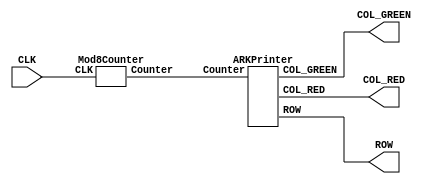
//  LED
//2020.11.15

module ARKLED(ROW,COL_RED,COL_GREEN,CLK);
	output wire [7:0] ROW,COL_RED,COL_GREEN;
	input CLK;
	
	//Counter 8
	wire [2:0] Counter;
	
	/*
	initial begin
		SetLEDState m1(CLK);
	end
	*/
	
	Mod8Counter m2(Counter,CLK);
	ARKPrinter m3(ROW,COL_RED,COL_GREEN,Counter);
endmodule

/*
//LED
module SetLEDState(CLK);
	input CLK;
	
	parameter [7:0] LEDState_ROW [7:0];
	initial begin
		LEDState_ROW[0] = 8'b0111_1111;
		LEDState_ROW[1] = 8'b1011_1111;
		LEDState_ROW[2] = 8'b1101_1111;
		LEDState_ROW[3] = 8'b1110_1111;
		LEDState_ROW[4] = 8'b1111_0111;
		LEDState_ROW[5] = 8'b1111_1011;
		LEDState_ROW[6] = 8'b1111_1101;
		LEDState_ROW[7] = 8'b1111_1110;
	end

	parameter [7:0] LEDState_COL_RED [7:0];
	initial begin
		LEDState_COL_RED[0] = 8'b0000_0000;
		LEDState_COL_RED[1] = 8'b0000_0010;
		LEDState_COL_RED[2] = 8'b0000_0110;
		LEDState_COL_RED[3] = 8'b0000_1110;
		LEDState_COL_RED[4] = 8'b0001_1110;
		LEDState_COL_RED[5] = 8'b0011_1110;
		LEDState_COL_RED[6] = 8'b0111_1110;
		LEDState_COL_RED[7] = 8'b1111_1110;
	end

	parameter [7:0] LEDState_COL_GREEN [7:0];
	initial begin
		LEDState_COL_GREEN[0] = 8'b0000_0000;
		LEDState_COL_GREEN[1] = 8'b0000_0010;
		LEDState_COL_GREEN[2] = 8'b0000_0110;
		LEDState_COL_GREEN[3] = 8'b0000_1110;
		LEDState_COL_GREEN[4] = 8'b0001_1110;
		LEDState_COL_GREEN[5] = 8'b0011_1110;
		LEDState_COL_GREEN[6] = 8'b0111_1110;
		LEDState_COL_GREEN[7] = 8'b1111_1110;
	end

	parameter [7:0] ZeroBits;
	initial begin
		ZeroBits = 8'b0000_0000;
	end
	
endmodule
*/

//8
module Mod8Counter(Counter,CLK);
	output reg [2:0] Counter;
	
	input CLK;
	
	//8
	always@(posedge CLK)begin
		if(Counter == 3'b111)begin
			Counter <= 3'b000;
		end
		else begin
			Counter <= Counter + 1'b1;
		end
	end
endmodule

//LED
module ARKPrinter(ROW,COL_RED,COL_GREEN,Counter);
	output reg [7:0] ROW,COL_RED,COL_GREEN;
	
	input [2:0] Counter;
	
	/*
	//LED
	reg [7:0] LEDState_ROW [7:0];
	initial begin
		LEDState_ROW[0] = 8'b0111_1111;
		LEDState_ROW[1] = 8'b1011_1111;
		LEDState_ROW[2] = 8'b1101_1111;
		LEDState_ROW[3] = 8'b1110_1111;
		LEDState_ROW[4] = 8'b1111_0111;
		LEDState_ROW[5] = 8'b1111_1011;
		LEDState_ROW[6] = 8'b1111_1101;
		LEDState_ROW[7] = 8'b1111_1110;
	end

	reg [7:0] LEDState_COL_RED [7:0];
	initial begin
		LEDState_COL_RED[0] = 8'b0000_0000;
		LEDState_COL_RED[1] = 8'b0000_0010;
		LEDState_COL_RED[2] = 8'b0000_0110;
		LEDState_COL_RED[3] = 8'b0000_1110;
		LEDState_COL_RED[4] = 8'b0001_1110;
		LEDState_COL_RED[5] = 8'b0011_1110;
		LEDState_COL_RED[6] = 8'b0111_1110;
		LEDState_COL_RED[7] = 8'b1111_1110;
	end

	reg [7:0] LEDState_COL_GREEN [7:0];
	initial begin
		LEDState_COL_GREEN[0] = 8'b0000_0000;
		LEDState_COL_GREEN[1] = 8'b0000_0010;
		LEDState_COL_GREEN[2] = 8'b0000_0110;
		LEDState_COL_GREEN[3] = 8'b0000_1110;
		LEDState_COL_GREEN[4] = 8'b0001_1110;
		LEDState_COL_GREEN[5] = 8'b0011_1110;
		LEDState_COL_GREEN[6] = 8'b0111_1110;
		LEDState_COL_GREEN[7] = 8'b1111_1110;
	end

	reg [7:0] ZeroBits;
	initial begin
		ZeroBits = 8'b0000_0000;
	end
	
	always@(Counter)begin
		case(Counter)
		3'b111 : begin ROW <= LEDState_ROW[0]; COL_RED <=	LEDState_COL_RED[0]; COL_GREEN <= ZeroBits; end
		3'b110 : begin ROW <= LEDState_ROW[1]; COL_RED <=	LEDState_COL_RED[1]; COL_GREEN <= ZeroBits; end
		3'b101 : begin ROW <= LEDState_ROW[2]; COL_RED <=	LEDState_COL_RED[2]; COL_GREEN <= ZeroBits; end
		3'b100 : begin ROW <= LEDState_ROW[3]; COL_RED <=	LEDState_COL_RED[3]; COL_GREEN <= ZeroBits; end
		3'b011 : begin ROW <= LEDState_ROW[4]; COL_RED <=	LEDState_COL_RED[4]; COL_GREEN <= ZeroBits; end
		3'b010 : begin ROW <= LEDState_ROW[5]; COL_RED <=	LEDState_COL_RED[5]; COL_GREEN <= ZeroBits; end
		3'b001 : begin ROW <= LEDState_ROW[6]; COL_RED <=	LEDState_COL_RED[6]; COL_GREEN <= ZeroBits; end
		3'b000 : begin ROW <= LEDState_ROW[7]; COL_RED <=	LEDState_COL_RED[7]; COL_GREEN <= ZeroBits; end
		endcase
	end
	*/
	
	always@(Counter)begin
		case(Counter)
		3'b111 : begin ROW <= 8'b01111111; COL_RED <=	8'b00000000; COL_GREEN <= 8'b00000000; end
		3'b110 : begin ROW <= 8'b10111111; COL_RED <=	8'b00000010; COL_GREEN <= 8'b00000010; end
		3'b101 : begin ROW <= 8'b11011111; COL_RED <=	8'b00000110; COL_GREEN <= 8'b00000110; end
		3'b100 : begin ROW <= 8'b11101111; COL_RED <=	8'b00001110; COL_GREEN <= 8'b00001110; end
		3'b011 : begin ROW <= 8'b11110111; COL_RED <=	8'b00011110; COL_GREEN <= 8'b00011110; end
		3'b010 : begin ROW <= 8'b11111011; COL_RED <=	8'b00111110; COL_GREEN <= 8'b00111110; end
		3'b001 : begin ROW <= 8'b11111101; COL_RED <=	8'b01111110; COL_GREEN <= 8'b01111110; end
		3'b000 : begin ROW <= 8'b11111110; COL_RED <=	8'b11111110; COL_GREEN <= 8'b11111110; end
		endcase
	end
	
endmodule